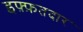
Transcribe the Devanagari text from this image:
इफ़्फ़तदार